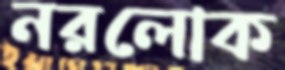
নরলোক